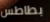
بطاطس